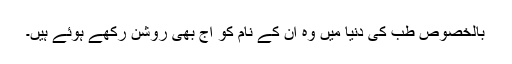
بالخصوص طب کی دنیا میں وہ ان کے نام کو آج بھی روشن رکھے ہوئے ہیں۔